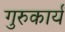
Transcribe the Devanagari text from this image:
गुरुकार्यं